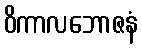
ဝိကာလဘောဇနံ